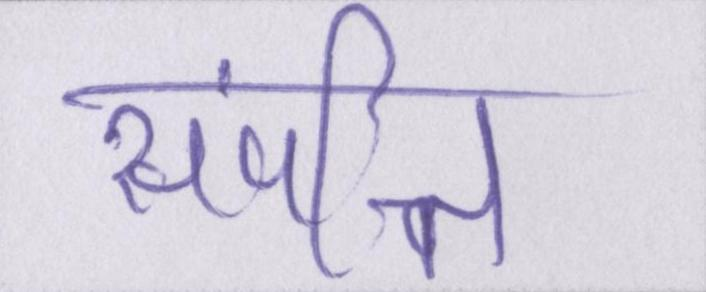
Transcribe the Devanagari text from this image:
संपत्ति